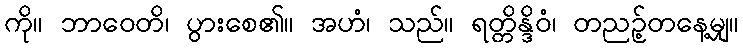
ကို။ ဘာဝေတိ၊ ပွားစေ၏။ အဟံ၊ သည်။ ရတ္တိန္ဒိဝံ၊ တညဉ့်တနေ့မျှ။